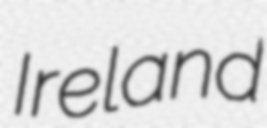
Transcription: Ireland